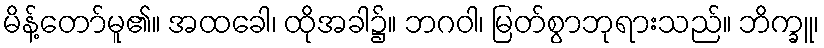
မိန့်တော်မူ၏။ အထခေါ၊ ထိုအခါ၌။ ဘဂဝါ၊ မြတ်စွာဘုရားသည်။ ဘိက္ခူ၊